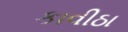
કાવીઠા